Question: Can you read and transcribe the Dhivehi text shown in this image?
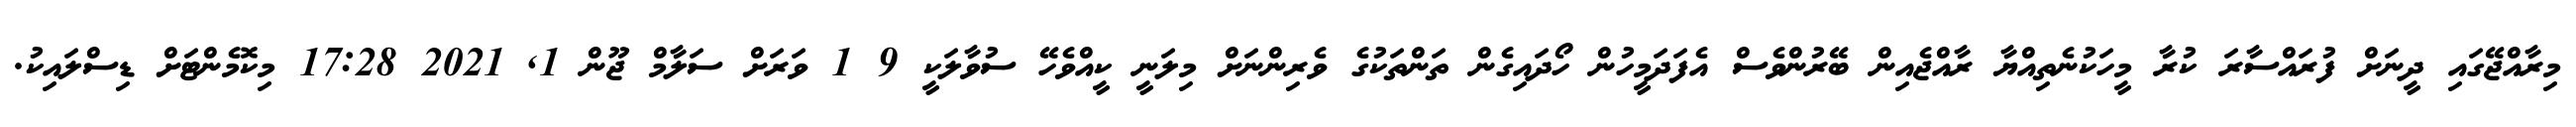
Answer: މިރާއްޖޭގައި ދީނަށް ފުރައްސާރަ ކުރާ މީހަކުނެތިއްޔާ ރާއްޖެއިން ބޭރުންވެސް އެފަދަމީހުން ހޯދައިގެން ތަންތަކުގެ ވެރިންނަށް މިލަނީ ކީއްވެހޭ ސުވާލަކީ 9 1 ވަރަށް ސަލާމް ޖޫން 1, 2021 17:28 މިކޮމެންޓަށް ޑިސްލައިކު.